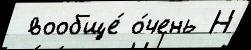
 вообще́ о́чень Н